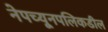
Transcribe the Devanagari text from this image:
नेपच्यूनपलिकडील